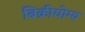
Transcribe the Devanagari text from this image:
बिक्रीयोग्य